Civil Veterinary Dept. Bombay admin report 1893-99 - 1893-1899
Year: 1893
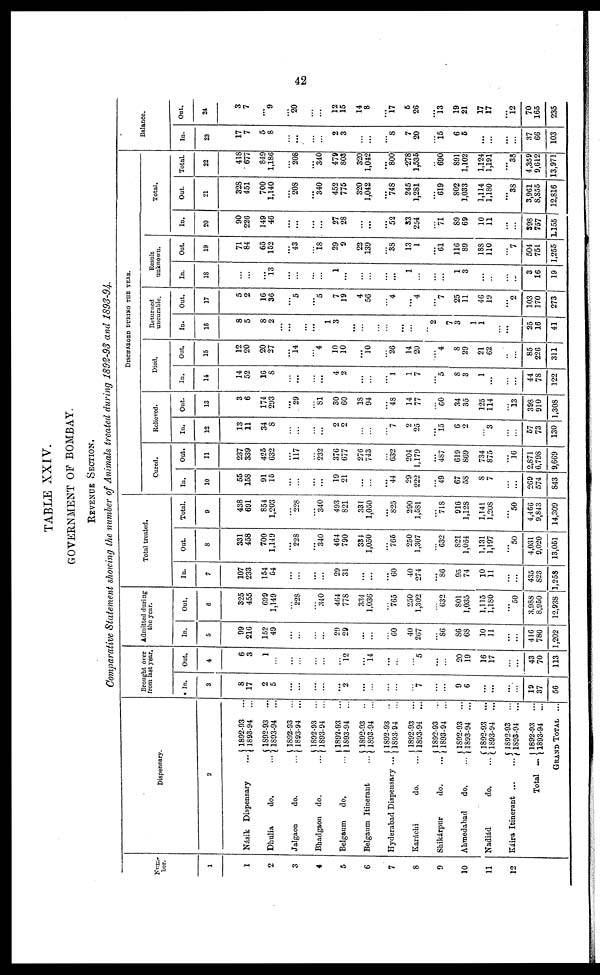
42
TABLE XXIV.
GOVERNMENT OF BOMBAY.
REVENUE SECTION.
Comparative Statement showing the number of Animals treated during 1892-93 and 1893-94.
Num-
ber.
1
1
2
3
4
6
6
7
8
9
10
11
12
Dispensary.
2
Násik Dispensary ...
Dhulia
do. ...
Jalgaon
do. ...
Bhadgaon do. ...
Belgaum
do. ...
Belgaum Itinerant ...
Hyderabad Dispensary ...
Karáchi
do. ...
Shikárpur
do. ...
Ahmedabad
do. ...
Nadiád
do. ...
Káira Itinerant ... ...
Total ...
1892-93 ...
1893-94
...
1892-93
...
1893-94
...
1892-93
...
1893-94
...
1892-93
...
1893-94
...
1892-93
...
1893-94
...
1892-93
..
1893-94
...
1892-93
..
1893-94
...
1892-93 ...
1893-94
...
1892-93 ...
1893-94
...
1892-93
...
1893-94
...
1892-93
...
1893-94
...
1892-93
...
1893-94
...
1892-93
...
1893-94
...
GRAND TOTAL ...
Brought over
from last year.
• In.
3
8
17
2
5
...
...
...
...
...
2
...
...
...
...
...
7
...
...
9
6
...
...
...
...
19
37
56
Out.
4
6
3
1
...
...
...
...
...
12
...
14
...
...
...
5
...
20
19
16
17
...
...
43
70
113
Admitted during
the year.
In.
5
99
216
152
49
...
...
...
...
29
29
...
...
...
60
40
267
...
86
86
68
10
11
...
...
416
786
1,202
Out.
6
325
455
699
1,149
...
228
...
340
464
778
334
1,036
...
765
250
1,302
...
632
801
1,035
1,115
1,180
...
50
3,988
8,950
12,938
Total treated.
In.
7
107
233
154
54
...
...
...
29
31
...
...
...
60
40
274
...
86
95
74
10
11
...
...
435
823
1,258
Out.
8
331
458
700
1,149
...
228
...
340
464
790
334
1,050
...
765
250
1,307
...
632
821
1,054
1,131
1,197
...
50
4,031
9,020
13,051
Total.
0
438
691
854
1,203
...
228
...
340
493
821
331
1,050
...
825
290
1,581
...
718
916
1,128
1,141
1,208
...
50
4,466
9,843
14,309
DISCHARGED DURING THE YEAR.
Cured.
In.
10
55
158
91
15
...
...
...
...
19
21
...
...
...
44
29
222
...
49
67
58
8
7
...
...
269
574
843
Out.
11
237
339
425
632
...
117
...
232
376
677
276
743
...
632
204
1,179
...
487
619
869
734
875
...
16
2,871
6,798
9,669
Relieved.
In.
12
13
11
34
8
...
...
...
...
2
2
...
...
...
7
2
25
...
15
6
2
...
3
...
...
57
73
130
Out.
13
3
6
174
293
...
29
...
81
30
60
18
94
...
48
14
77
...
60
34
35
125
114
...
13
398
910
1,308
Died.
In.
14
14
52
16
8
...
...
...
...
4
2
...
...
...
1
1
7
...
5
8
3
1
...
...
...
44
78
122
Out.
15
12
20
20
27
...
14
...
4
10
10
...
10
...
26
14
20
...
4
8
29
21
62
...
...
85
226
311
Returned
uncurable.
In.
16
8
5
8
2
...
...
...
...
1
3
...
...
...
...
...
...
2
...
7
3
1
1
...
...
25
16
41
Out.
17
5
2
16
36
...
5
...
5
7
19
4
56
...
4
...
4
...
7
25
11
46
19
...
2
103
170
273
Result
unknown.
In.
18
...
...
...
13
...
...
...
...
1
...
...
...
...
...
1
...
...
...
1
3
...
...
...
...
3
16
19
Out.
19
71
84
65
152
...
43
...
18
29
9
22
139
...
38
13
1
...
61
116
89
188
110
...
7
504
751
1,255
Total.
In.
20
90
226
149
46
...
...
...
...
27
28
...
...
...
52
33
254
...
71
89
69
10
11
...
...
398
757
1,155
Out.
21
328
451
700
1,140
...
208
...
340
452
775
320
1,042
...
748
245
1,281
...
619
802
1,033
1,114
1,180
...
38
3,961
8,835
12,816
Total.
22
418
677
849
1,186
...
208
...
340
479
803
320
1,042
...
800
278
1,535
...
690
891
1,102
1,124
1,191
38
4,359
9,612
13,971
Balance.
In.
23
17
7
5
8
...
...
...
...
2
3
...
...
...
8
7
20
...
15
6
5
...
...
...
...
37
66
103
Out.
24
3
7
...
9
...
20
...
...
12
15
14
8
...
17
5
26
...
13
19
21
17
17
...
12
70
165
235